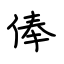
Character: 俸